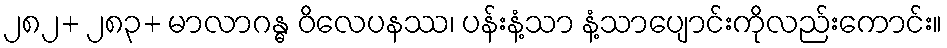
၂၈၂+ ၂၈၃+ မာလာဂန္ဓ ဝိလေပနဿ၊ ပန်းနံ့သာ နံ့သာပျောင်းကိုလည်းကောင်း။